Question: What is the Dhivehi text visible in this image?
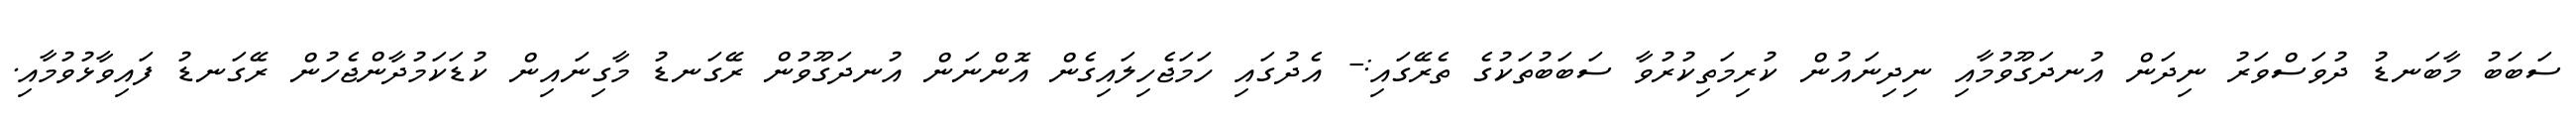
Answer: ސަބަބު މާބަނޑު ދުވަސްވަރު ނިދަން އުނދަގޫވުމާއި ނިދިނައުން ކުރިމަތިކުރުވާ ސަބަބުތަކުގެ ތެރޭގައި:- އެދުގައި ހަމަޖެހިލައިގެން އޮންނަން އުނދަގޫވުން ރޭގަނޑު މާގިނައިން ކުޑަކަމުދާންޖެހުން ރޭގަނޑު ފައިވާޅުވުމާއި.